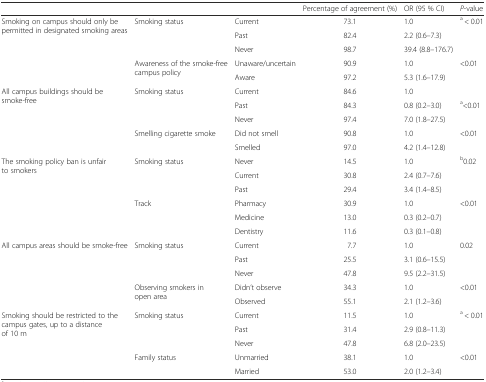
| <COLSPAN=2>  |  | Percentage of agreement (%) | OR (95 % CI) | P-value |
 | --- | --- | --- | --- | --- | --- |
 | <ROWSPAN=5> Smoking on campus should only be permitted in designated smoking areas | <ROWSPAN=3> Smoking status | Current | 73.1 | 1.0 | <ROWSPAN=3> a < 0.01 |
 | Past | 82.4 | 2.2 (0.6–7.3) |
 | Never | 98.7 | 39.4 (8.8–176.7) |
 | <ROWSPAN=2> Awareness of the smoke-free campus policy | Unaware/uncertain | 90.9 | 1.0 | <ROWSPAN=3> <0.01 |
 | Aware | 97.2 | 5.3 (1.6–17.9) |
 | <ROWSPAN=5> All campus buildings should be smoke-free | <ROWSPAN=3> Smoking status | Current | 84.6 | 1.0 |
 | Past | 84.3 | 0.8 (0.2–3.0) | <ROWSPAN=2> a<0.01 |
 | Never | 97.4 | 7.0 (1.8–27.5) |
 | <ROWSPAN=2> Smelling cigarette smoke | Did not smell | 90.8 | 1.0 | <ROWSPAN=2> <0.01 |
 | Smelled | 97.0 | 4.2 (1.4–12.8) |
 | <ROWSPAN=6> The smoking policy ban is unfair to smokers | <ROWSPAN=3> Smoking status | Never | 14.5 | 1.0 | <ROWSPAN=3> b0.02 |
 | Current | 30.8 | 2.4 (0.7–7.6) |
 | Past | 29.4 | 3.4 (1.4–8.5) |
 | <ROWSPAN=3> Track | Pharmacy | 30.9 | 1.0 | <ROWSPAN=3> <0.01 |
 | Medicine | 13.0 | 0.3 (0.2–0.7) |
 | Dentistry | 11.6 | 0.3 (0.1–0.8) |
 | <ROWSPAN=5> All campus areas should be smoke-free | <ROWSPAN=3> Smoking status | Current | 7.7 | 1.0 | <ROWSPAN=3> 0.02 |
 | Past | 25.5 | 3.1 (0.6–15.5) |
 | Never | 47.8 | 9.5 (2.2–31.5) |
 | <ROWSPAN=2> Observing smokers in open area | Didn’t observe | 34.3 | 1.0 | <ROWSPAN=2> <0.01 |
 | Observed | 55.1 | 2.1 (1.2–3.6) |
 | <ROWSPAN=5> Smoking should be restricted to the campus gates, up to a distance of 10 m | <ROWSPAN=3> Smoking status | Current | 11.5 | 1.0 | <ROWSPAN=3> a < 0.01 |
 | Past | 31.4 | 2.9 (0.8–11.3) |
 | Never | 47.8 | 6.8 (2.0–23.5) |
 | <ROWSPAN=2> Family status | Unmarried | 38.1 | 1.0 | <ROWSPAN=2> <0.01 |
 | Married | 53.0 | 2.0 (1.2–3.4) |